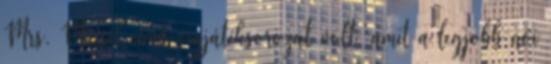
Mrs. Maisel című vígjátéksorozat volt, amit a legjobb női